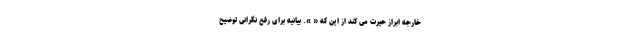
خارجه ابراز حیرت می کند از این که « ». بیانیه برای رفع نگرانی توضیح